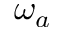
\omega _ { a }